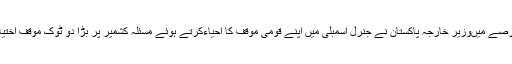
اسی عرصے میںوزیر خارجہ پاکستان نے جنرل اسمبلی میں اپنے قومی موقف کا احیاءکرتے ہوئے مسئلہ کشمیر پر بڑا دو ٹوک موقف اختیار کیا ۔